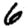
Digit: 6